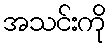
အသင်းကို